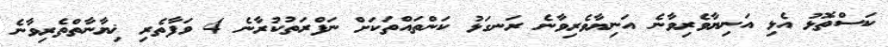
ކަސްތޮޅު އެޅި އަނިޔާވެރިވާނެ އަނިޔާވެރިވާނެ ރަނގަޅު ކަންތައްތަކަށް ނަފްރަތުކުރާނެ 4 ވަފާތެރި ޚިޔާނާތްތެރިވާނެ